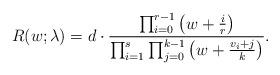
LaTeX: \begin{align*} R(w; \lambda) = d \cdot \dfrac{\prod_{i=0}^{r-1} \left(w+ \frac{i}{r} \right)}{\prod_{i=1}^{s} \prod_{j=0}^{k-1} \left(w+ \frac{v_i + j}{k} \right)}. \end{align*}